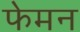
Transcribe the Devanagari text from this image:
फेमन